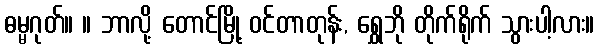
ဓမ္မဂုတ်။ ။ ဘာလို့ တောင်မြို့ ဝင်တာတုန်း, ရွှေဘို တိုက်ရိုက် သွားပါ့လား။